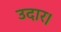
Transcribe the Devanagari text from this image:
उदार।